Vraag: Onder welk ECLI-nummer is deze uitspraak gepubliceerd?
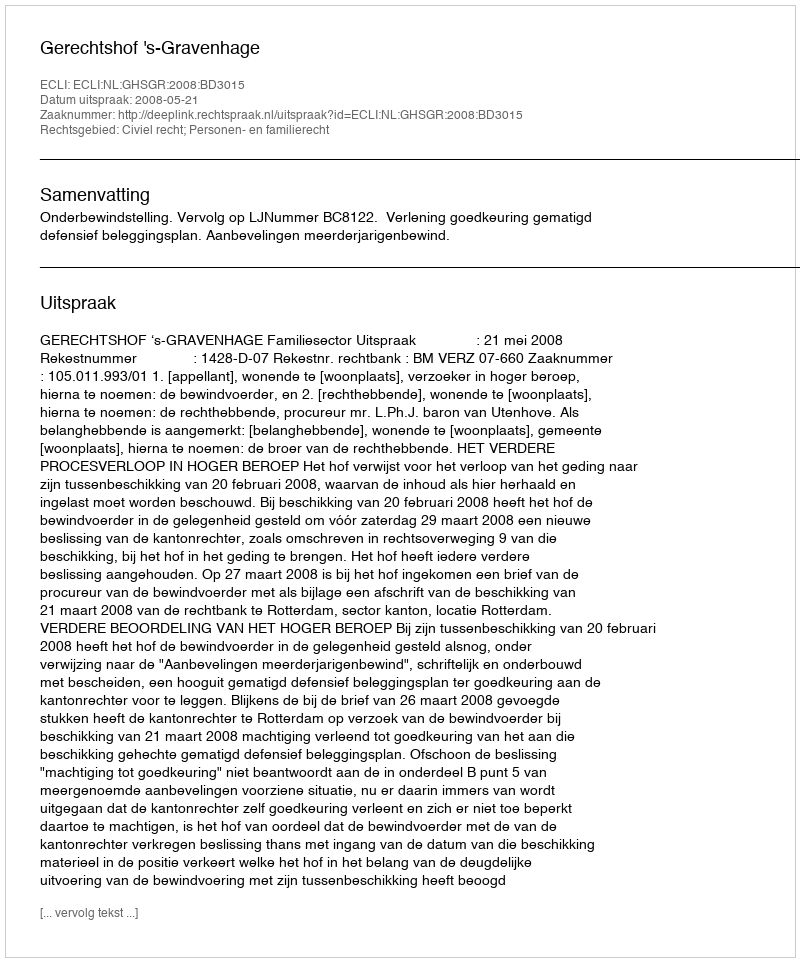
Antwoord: ECLI:NL:GHSGR:2008:BD3015